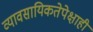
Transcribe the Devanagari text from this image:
व्यावसायिकतेपेक्षाही